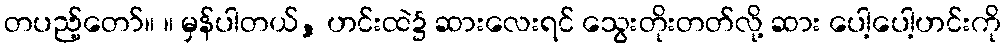
တပည့်တော်။ ။ မှန်ပါတယ်, ဟင်းထဲ၌ ဆားလေးရင် သွေးတိုးတတ်လို့ ဆား ပေါ့ပေါ့ဟင်းကို